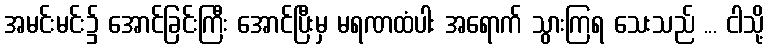
အမင်းမင်း၌ အောင်ခြင်းကြီး အောင်ပြီးမှ မရဏထံပါး အရောက် သွားကြရ သေးသည် ... ငါသို့